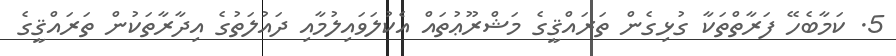
5. ކަމާބެހޭ ފަރާތްތަކާ ގުޅިގެން ތަރައްޤީގެ މަޝްރޫޢުތައް އެކުލަވައިލުމާއި ދައުލަތުގެ އިދާރާތަކުން ތަރައްޤީގެ